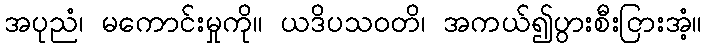
အပုညံ၊ မကောင်းမှုကို။ ယဒိပသဝတိ၊ အကယ်၍ပွားစီးငြားအံ့။